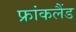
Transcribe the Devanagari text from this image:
फ्रांकलैंड